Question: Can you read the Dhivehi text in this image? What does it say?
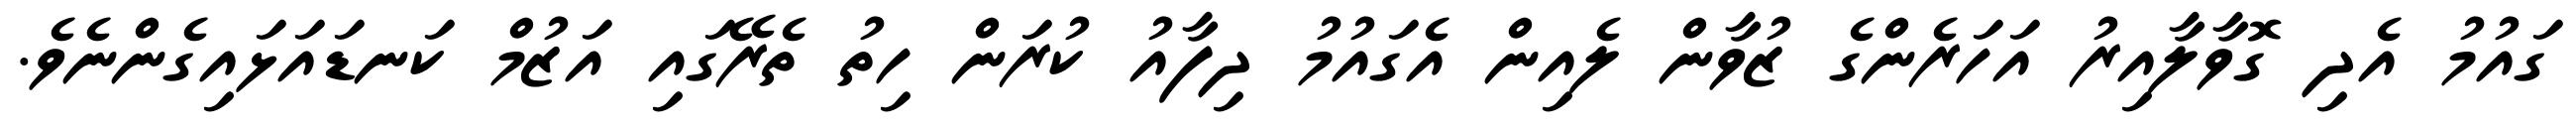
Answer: ގައުމު އެދި ގޮވާލާއިރު އަހަރެންގެ ޒުވާން ލެއިން އެގައުމު ދިފާއު ކުރަން ހިތު ތެރޭގައި އަޒުމް ކަނޑައަޅައިގެންނެވެ.